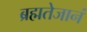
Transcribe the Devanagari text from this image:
ब्रह्मतेजानं